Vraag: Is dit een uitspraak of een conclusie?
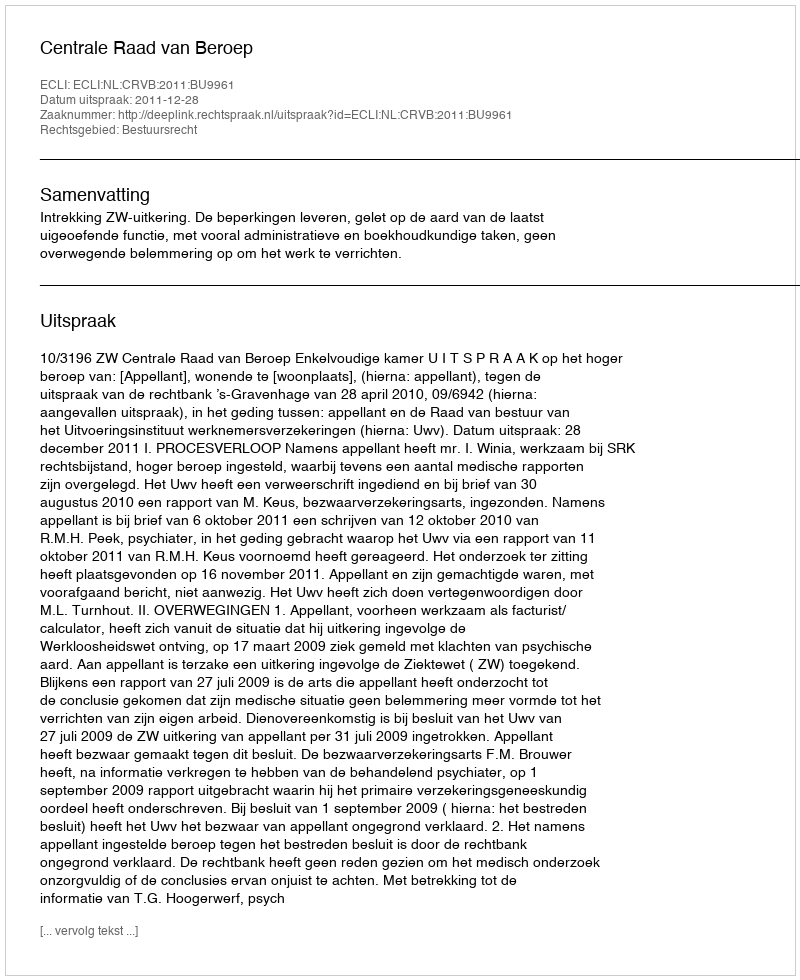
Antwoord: Uitspraak